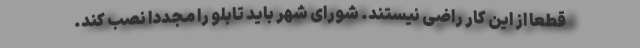
قطعاً از این کار راضی نیستند. شورای شهر باید تابلو را مجدداً نصب کند.